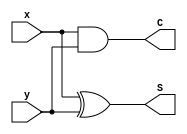
`timescale 1ns / 1ps

module half_adder(
output S,C,
input x,y);
xor(S,x,y);
and(C,x,y);
endmodule